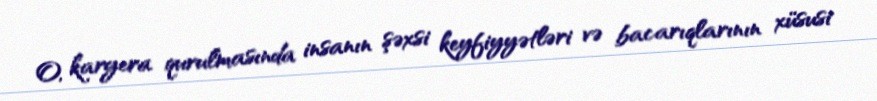
O, karyera qurulmasında insanın şəxsi keyfiyyətləri və bacarıqlarının xüsusi